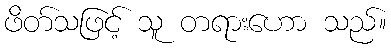
ဖိတ်သဖြင့် သူ တရားဟော သည်။